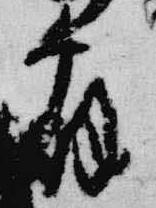
宿